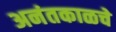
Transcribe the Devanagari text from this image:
अनंतकाळचे